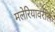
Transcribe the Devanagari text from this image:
मलेरियावरील